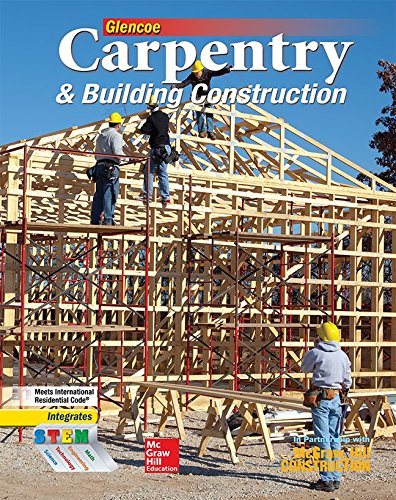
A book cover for Carpentry & Building Construction Student Edition (CARPENTRY & BLDG CONSTRUCTION); McGraw-Hill Education; Engineering & Transportation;